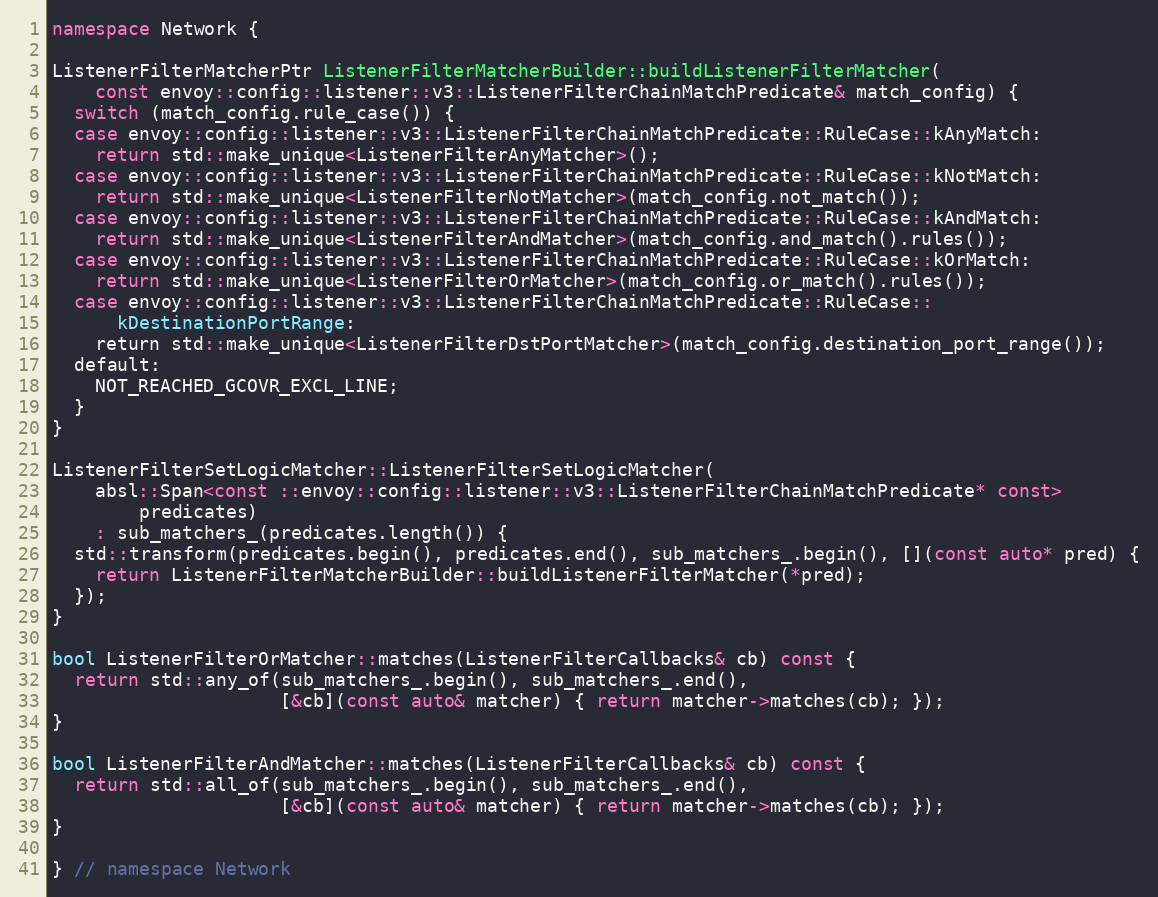
Language: C++
namespace Network {

ListenerFilterMatcherPtr ListenerFilterMatcherBuilder::buildListenerFilterMatcher(
    const envoy::config::listener::v3::ListenerFilterChainMatchPredicate& match_config) {
  switch (match_config.rule_case()) {
  case envoy::config::listener::v3::ListenerFilterChainMatchPredicate::RuleCase::kAnyMatch:
    return std::make_unique<ListenerFilterAnyMatcher>();
  case envoy::config::listener::v3::ListenerFilterChainMatchPredicate::RuleCase::kNotMatch:
    return std::make_unique<ListenerFilterNotMatcher>(match_config.not_match());
  case envoy::config::listener::v3::ListenerFilterChainMatchPredicate::RuleCase::kAndMatch:
    return std::make_unique<ListenerFilterAndMatcher>(match_config.and_match().rules());
  case envoy::config::listener::v3::ListenerFilterChainMatchPredicate::RuleCase::kOrMatch:
    return std::make_unique<ListenerFilterOrMatcher>(match_config.or_match().rules());
  case envoy::config::listener::v3::ListenerFilterChainMatchPredicate::RuleCase::
      kDestinationPortRange:
    return std::make_unique<ListenerFilterDstPortMatcher>(match_config.destination_port_range());
  default:
    NOT_REACHED_GCOVR_EXCL_LINE;
  }
}

ListenerFilterSetLogicMatcher::ListenerFilterSetLogicMatcher(
    absl::Span<const ::envoy::config::listener::v3::ListenerFilterChainMatchPredicate* const>
        predicates)
    : sub_matchers_(predicates.length()) {
  std::transform(predicates.begin(), predicates.end(), sub_matchers_.begin(), [](const auto* pred) {
    return ListenerFilterMatcherBuilder::buildListenerFilterMatcher(*pred);
  });
}

bool ListenerFilterOrMatcher::matches(ListenerFilterCallbacks& cb) const {
  return std::any_of(sub_matchers_.begin(), sub_matchers_.end(),
                     [&cb](const auto& matcher) { return matcher->matches(cb); });
}

bool ListenerFilterAndMatcher::matches(ListenerFilterCallbacks& cb) const {
  return std::all_of(sub_matchers_.begin(), sub_matchers_.end(),
                     [&cb](const auto& matcher) { return matcher->matches(cb); });
}

} // namespace Network